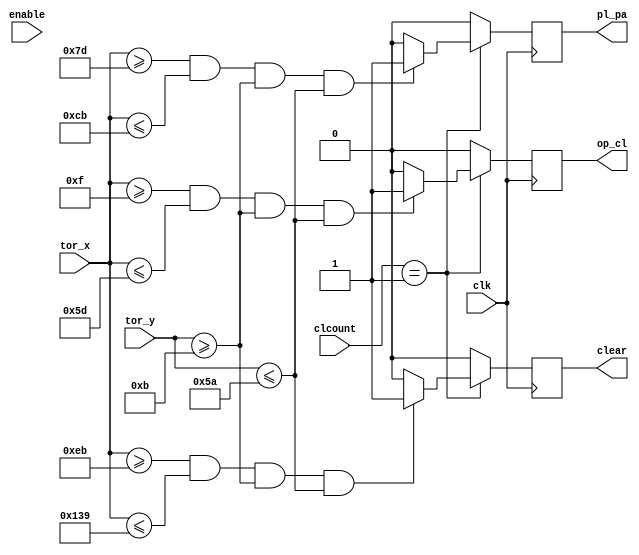
module TOUCH_3KEYS_1(
	input wire clk,
//	input wire reset,	
	input wire [1:0]clcount,
	input wire [7:0]enable,

	input wire [9:0]tor_x,
	input wire [8:0]tor_y,

	
	output reg op_cl,
	output reg pl_pa,
	output reg clear
	
	);
	
parameter[9:0] x1 = 11'd15;
parameter[9:0] x2 = 11'd93;
parameter[8:0] y1 = 11'd11;
parameter[8:0] y2 = 11'd90;

parameter[9:0] x3 = 11'd125;
parameter[9:0] x4 = 11'd203;

parameter[9:0] x5 = 11'd235;
parameter[9:0] x6 = 11'd313;

always @ (posedge clk)
	begin
		//if (((enable[7:0] > 8'd0) || (clcount[1:0] > 2'b0))&&(valid == 1)) 
		if (clcount == 1) 
		begin
			if ((tor_x[9:0]>=x1)&&(tor_x[9:0]<=x2)&&(tor_y[8:0]>=y1)&&(tor_y[8:0]<=y2))
					op_cl = 1;
				else
					op_cl = 0;
			if ((tor_x[9:0]>=x3)&&(tor_x[9:0]<=x4)&&(tor_y[8:0]>=y1)&&(tor_y[8:0]<=y2))
					pl_pa = 1;
				else
					pl_pa = 0;	
			if ((tor_x[9:0]>=x5)&&(tor_x[9:0]<=x6)&&(tor_y[8:0]>=y1)&&(tor_y[8:0]<=y2))
					clear = 1;
				else
					clear = 0;			
		end
		else
		begin
			op_cl = 0;
			pl_pa = 0;
			clear = 0;
		end
	end	
endmodule